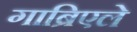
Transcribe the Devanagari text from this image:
गाब्रिएले